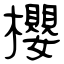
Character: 櫻